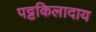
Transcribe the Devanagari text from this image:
पट्टकिलादाय